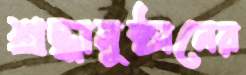
শ্রদ্ধানুষ্ঠানের